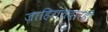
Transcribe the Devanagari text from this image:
जाहिरातदारही